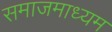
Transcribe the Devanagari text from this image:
समाजमाध्यम